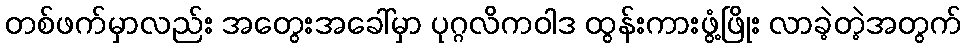
တစ်ဖက်မှာလည်း အတွေးအခေါ်မှာ ပုဂ္ဂလိကဝါဒ ထွန်းကားဖွံ့ဖြိုး လာခဲ့တဲ့အတွက်